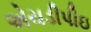
એચડીપીઇ